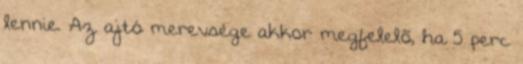
lennie. Az ajtó merevsége akkor megfelelõ, ha 5 perc